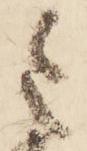
令